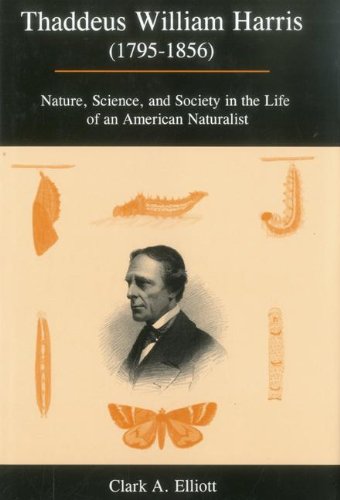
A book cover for Thaddeus William Harris (1795-1856): Nature, Science, and Society in the Life of an American Naturalist; Clark A. Elliott; Biographies & Memoirs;